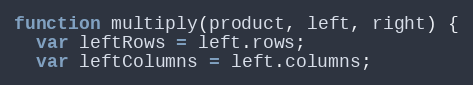
Language: JavaScript
function multiply(product, left, right) {
  var leftRows = left.rows;
  var leftColumns = left.columns;